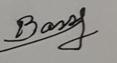
Signature authenticity: genuine